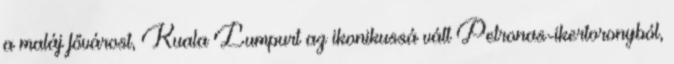
a maláj fővárost, Kuala Lumpurt az ikonikussá vált Petronas-ikertoronyból,